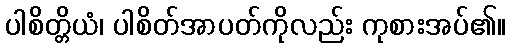
ပါစိတ္တိယံ၊ ပါစိတ်အာပတ်ကိုလည်း ကုစားအပ်၏။